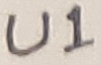
Text: U1